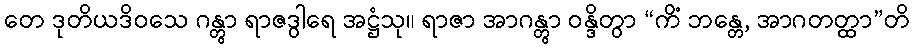
တေ ဒုတိယဒိဝသေ ဂန္တွာ ရာဇဒွါရေ အဋ္ဌံသု။ ရာဇာ အာဂန္တွာ ဝန္ဒိတွာ “ကိံ ဘန္တေ, အာဂတတ္ထာ”တိ